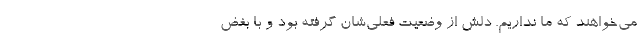
می‌خواهند که ما نداریم. دلش از وضعیت فعلی‌شان گرفته بود و با بغض